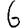
Digit: 6